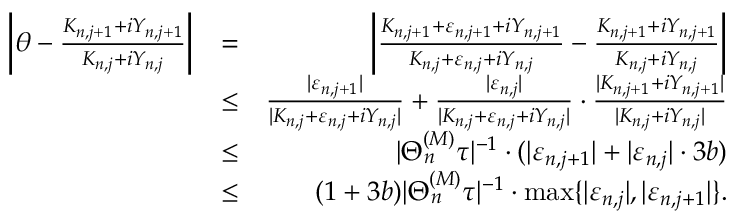
\begin{array} { r l r } { \left| \theta - \frac { K _ { n , j + 1 } + i Y _ { n , j + 1 } } { K _ { n , j } + i Y _ { n , j } } \right| } & { = } & { \left| \frac { K _ { n , j + 1 } + \varepsilon _ { n , j + 1 } + i Y _ { n , j + 1 } } { K _ { n , j } + \varepsilon _ { n , j } + i Y _ { n , j } } - \frac { K _ { n , j + 1 } + i Y _ { n , j + 1 } } { K _ { n , j } + i Y _ { n , j } } \right| } \\ & { \le } & { \frac { | \varepsilon _ { n , j + 1 } | } { | K _ { n , j } + \varepsilon _ { n , j } + i Y _ { n , j } | } + \frac { | \varepsilon _ { n , j } | } { | K _ { n , j } + \varepsilon _ { n , j } + i Y _ { n , j } | } \cdot \frac { | K _ { n , j + 1 } + i Y _ { n , j + 1 } | } { | K _ { n , j } + i Y _ { n , j } | } } \\ & { \le } & { | \Theta _ { n } ^ { ( M ) } \tau | ^ { - 1 } \cdot ( | \varepsilon _ { n , j + 1 } | + | \varepsilon _ { n , j } | \cdot 3 b ) } \\ & { \le } & { ( 1 + 3 b ) | \Theta _ { n } ^ { ( M ) } \tau | ^ { - 1 } \cdot \operatorname* { m a x } \{ | \varepsilon _ { n , j } | , | \varepsilon _ { n , j + 1 } | \} . } \end{array}